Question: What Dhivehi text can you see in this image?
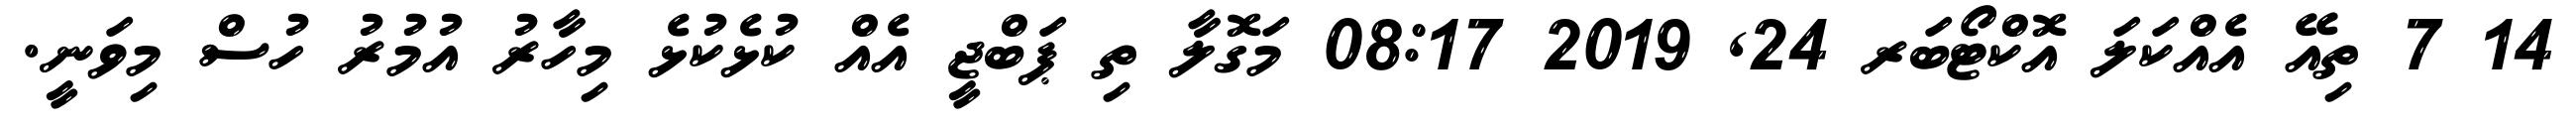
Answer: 14 7 ތިއޭ އެއްކަލަ އޮކްޓޯބަރ 24, 2019 08:17 މަގޮލާ ތި ޕަބްޖީ އެއް ކުޅެކުޅެ މިހާރު އުމުރު ހުސް މިވަނީ.